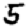
Digit: 5